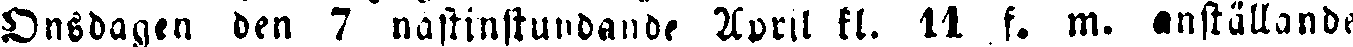
Onsdagen den 7 nästinstundande April kl. 11 f. m. anställande